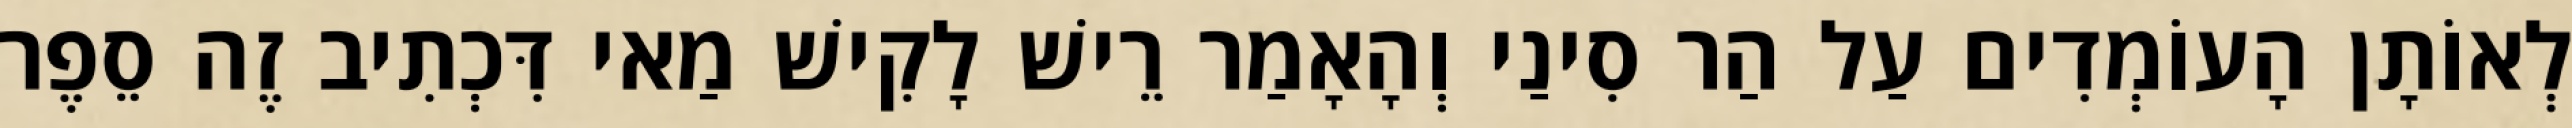
לְאוֹתָן הָעוֹמְדִים עַל הַר סִינַי וְהָאָמַר רֵישׁ לָקִישׁ מַאי דִּכְתִיב זֶה סֵפֶר